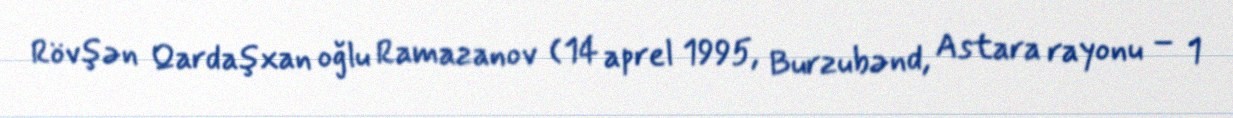
Rövşən Qardaşxan oğlu Ramazanov (14 aprel 1995, Burzubənd, Astara rayonu – 1